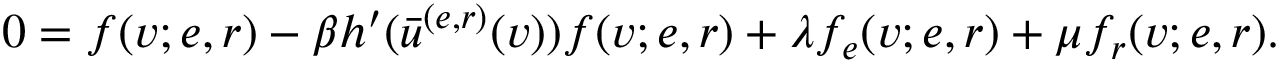
0 = f ( v ; e , r ) - \beta h ^ { \prime } ( \bar { u } ^ { ( e , r ) } ( v ) ) f ( v ; e , r ) + \lambda f _ { e } ( v ; e , r ) + \mu f _ { r } ( v ; e , r ) .